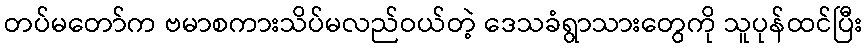
တပ်မတော်က ဗမာစကားသိပ်မလည်ဝယ်တဲ့ ဒေသခံရွာသားတွေကို သူပုန်ထင်ပြီး